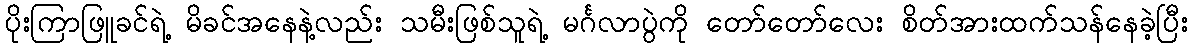
ပိုးကြာဖြူခင်ရဲ့ မိခင်အနေနဲ့လည်း သမီးဖြစ်သူရဲ့ မင်္ဂလာပွဲကို တော်တော်လေး စိတ်အားထက်သန်နေခဲ့ပြီး